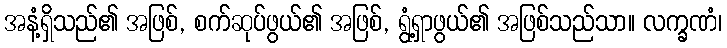
အနံ့ရှိသည်၏ အဖြစ်, စက်ဆုပ်ဖွယ်၏ အဖြစ်, ရွံ့ရှာဖွယ်၏ အဖြစ်သည်သာ။ လက္ခဏံ၊